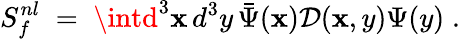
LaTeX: S_{f}^{nl}\; =\; \intd^{3}\mathbf{x}\, d^{3}y\, \bar{{\Psi}}(\mathbf{x})\mathcal{{D}}(\mathbf{x},y)\Psi(y)\; .